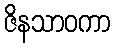
ဇိနသာဝကာ